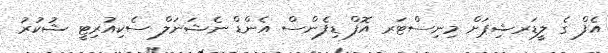
އެފް ގެ ލީޑަރޝިޕަށް މިނިސްޓަރ އޮފް ޑިފެންސް އެންޑް ނެޝަނަލް ސެކިއުރިޓީ ޝުކުރު